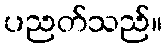
ပညတ်သည်။